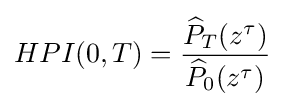
HPI(0,T)={\frac {{\widehat {P}}_{T}(z^{\tau })}{{\widehat {P}}_{0}(z^{\tau })}}